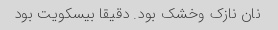
نان نازک و‌خشک بود. دقیقا بیسکویت بود